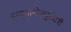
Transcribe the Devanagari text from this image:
इम्यूनोमोड्युलेटरी